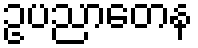
ဥပညာတေန